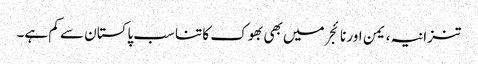
تنزانیہ، یمن اور نائجر میں بھی بھوک کا تناسب پاکستان سے کم ہے۔